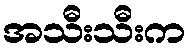
အသီးသီးက